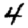
Digit: 4